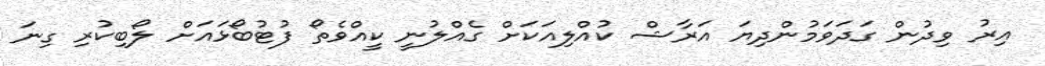
އިރު ވިދުން ގަދަވަމުންދިޔަ އަރާޝް ކުއްލިއަކަށް ގެއްލުނީ ކީއްވެތޯ ފުޓުބޯޅައަށް ލޯބިކުރި ގިނަ